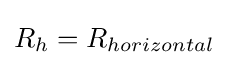
R_{h}=R_{horizontal}